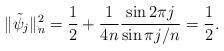
LaTeX: \begin{align*}\|\tilde\psi_j\|_n^2=\frac 12+ \frac 1{4n} \frac{\sin2\pi j}{\sin\pi j/n}=\frac12.\end{align*}